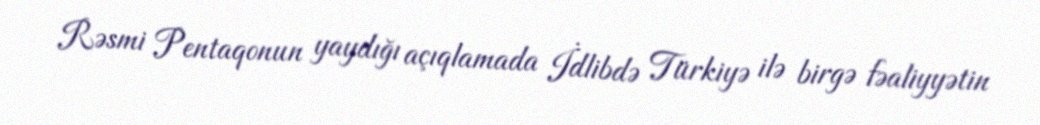
Rəsmi Pentaqonun yaydığı açıqlamada İdlibdə Türkiyə ilə birgə fəaliyyətin